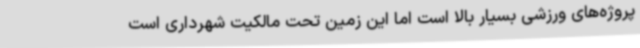
پروژه‌های ورزشی بسیار بالا است اما این زمین تحت مالکیت شهرداری است